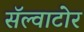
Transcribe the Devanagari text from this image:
सॅल्वाटोर